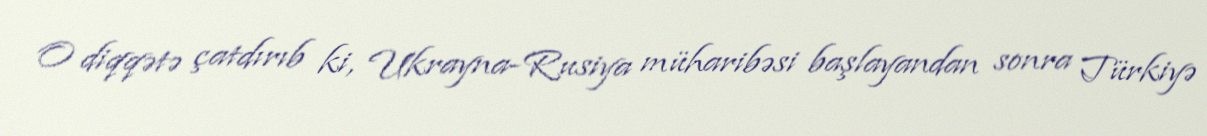
O diqqətə çatdırıb ki, Ukrayna-Rusiya müharibəsi başlayandan sonra Türkiyə